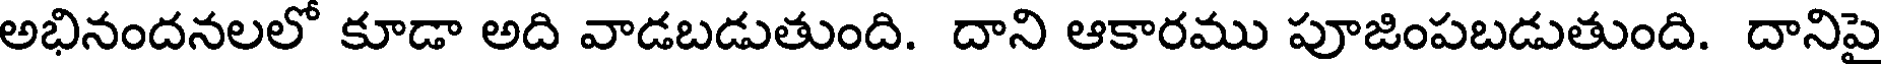
అభినందనలలో కూడా అది వాడబడుతుంది. దాని ఆకారము పూజింపబడుతుంది. దానిపై